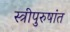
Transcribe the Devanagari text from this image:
स्त्रीपुरुषांत